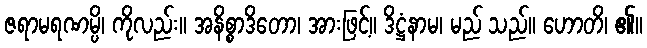
ဇရာမရဏမ္ပိ၊ ကိုလည်း။ အနိစ္စာဒိတော၊ အားဖြင့်။ ဒိဋ္ဌံနာမ၊ မည် သည်။ ဟောတိ၊ ၏။